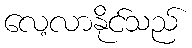
လေ့လာနိုင်သည်